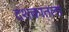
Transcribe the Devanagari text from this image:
दशकातला